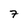
Character: 7